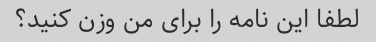
لطفا این نامه را برای من وزن کنید؟